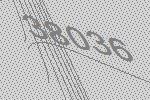
38036